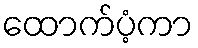
ထောက်ပံ့ကာ